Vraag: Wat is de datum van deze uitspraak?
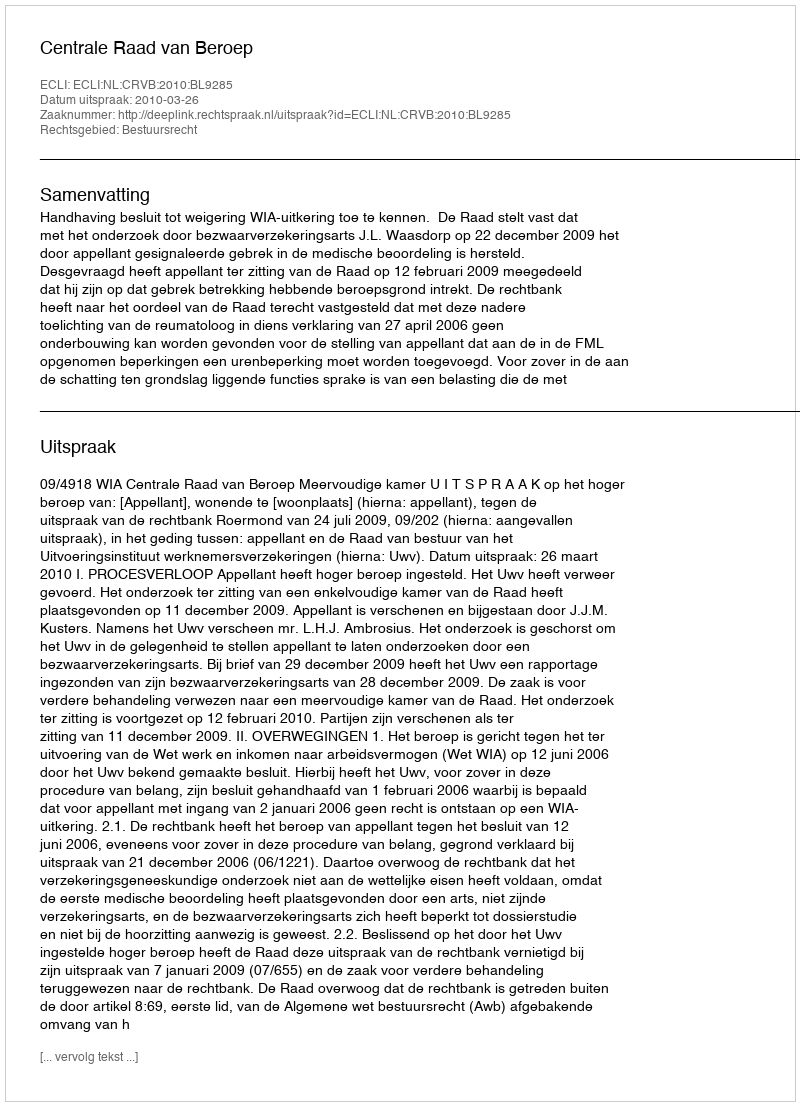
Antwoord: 2010-03-26